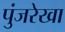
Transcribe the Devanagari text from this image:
पुंजरेखा